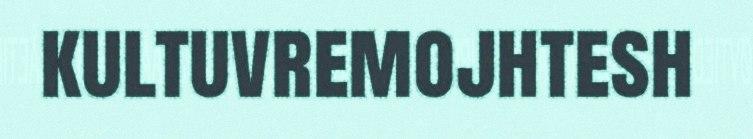
kultuvremojhtesh